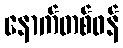
နောက်တစ်ဖန်